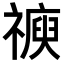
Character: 𥛩